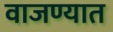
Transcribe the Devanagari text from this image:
वाजण्यात